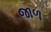
જાળ